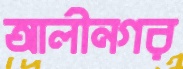
আলীনগর